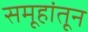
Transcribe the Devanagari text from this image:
समूहांतून